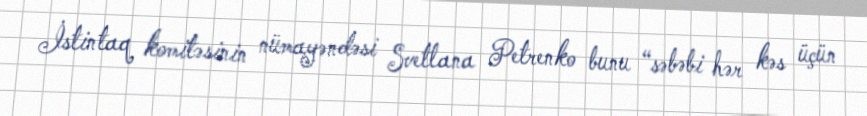
İstintaq komitəsinin nümayəndəsi Svetlana Petrenko bunu “səbəbi hər kəs üçün